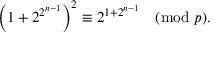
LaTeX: \left( 1 + 2 ^ { 2 ^ { n - 1 } } \right) ^ { 2 } \equiv 2 ^ { 1 + 2 ^ { n - 1 } } { \pmod { p } } .